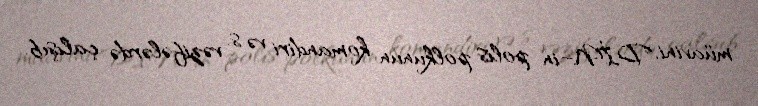
müavini, DİN–in polis polkunun komandiri və s. vəzifələrdə çalışıb.